Elephants and their diseases
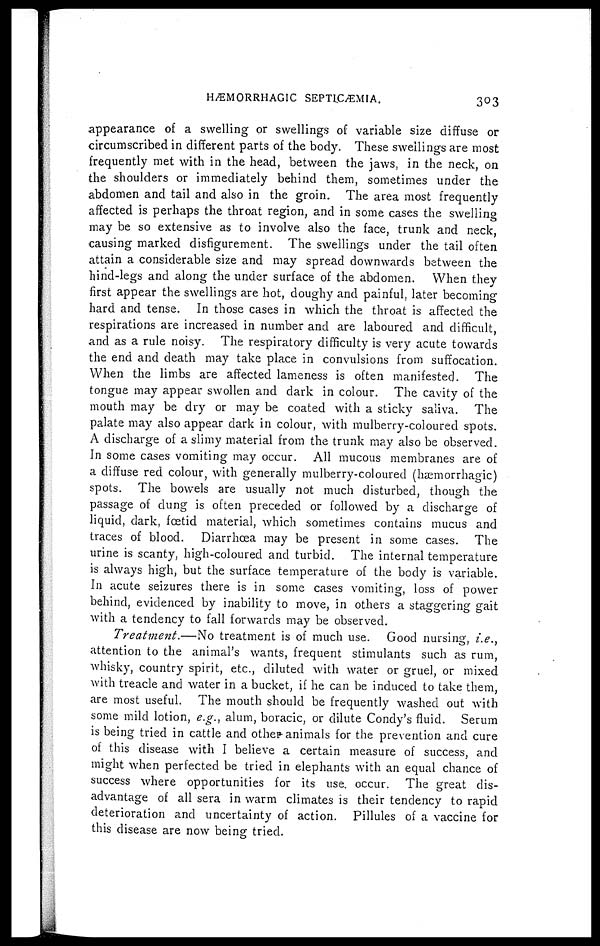
HÆMORRHAGIC SEPTICÆMIA.
303
appearance of a swelling or swellings of variable size diffuse or
circumscribed in different parts of the body. These swellings are most
frequently met with in the head, between the jaws, in the neck, on
the shoulders or immediately behind them, sometimes under the
abdomen and tail and also in the groin. The area most frequently
affected is perhaps the throat region, and in some cases the swelling
may be so extensive as to involve also the face, trunk and neck,
causing marked disfigurement. The swellings under the tail often
attain a considerable size and may spread downwards between the
hind-legs and along the under surface of the abdomen. When they
first appear the swellings are hot, doughy and painful, later becoming
hard and tense. In those cases in which the throat is affected the
respirations are increased in number and are laboured and difficult,
and as a rule noisy. The respiratory difficulty is very acute towards
the end and death may take place in convulsions from suffocation.
When the limbs are affected lameness is often manifested. The
tongue may appear swollen and dark in colour. The cavity of the
mouth may be dry or may be coated with a sticky saliva. The
palate may also appear dark in colour, with mulberry-coloured spots.
A discharge of a slimy material from the trunk may also be observed.
In some cases vomiting may occur. All mucous membranes are of
a diffuse red colour, with generally mulberry-coloured (hæmorrhagic)
spots. The bowels are usually not much disturbed, though the
passage of dung is often preceded or followed by a discharge of
liquid, dark, foetid material, which sometimes contains mucus and
traces of blood. Diarrhoea may be present in some cases. The
urine is scanty, high-coloured and turbid. The internal temperature
is always high, but the surface temperature of the body is variable.
In acute seizures there is in some cases vomiting, loss of power
behind, evidenced by inability to move, in others a staggering gait
with a tendency to fall forwards may be observed.
Treatment.—No
treatment is of much use. Good nursing, i.e.,
attention to the animal's wants, frequent stimulants such as rum,
whisky, country spirit, etc., diluted with water or gruel, or mixed
with treacle and water in a bucket, if he can be induced to take them,
are most useful. The mouth should be frequently washed out with
some mild lotion, e.g., alum, boracic, or dilute Condy's fluid. Serum
is being tried in cattle and other animals for the prevention and cure
of this disease with I believe a certain measure of success, and
might when perfected be tried in elephants with an equal chance of
success where opportunities for its use. occur. The great dis-
advantage of all sera in warm climates is their tendency to rapid
deterioration and uncertainty of action. Pillules of a vaccine for
this disease are now being tried.